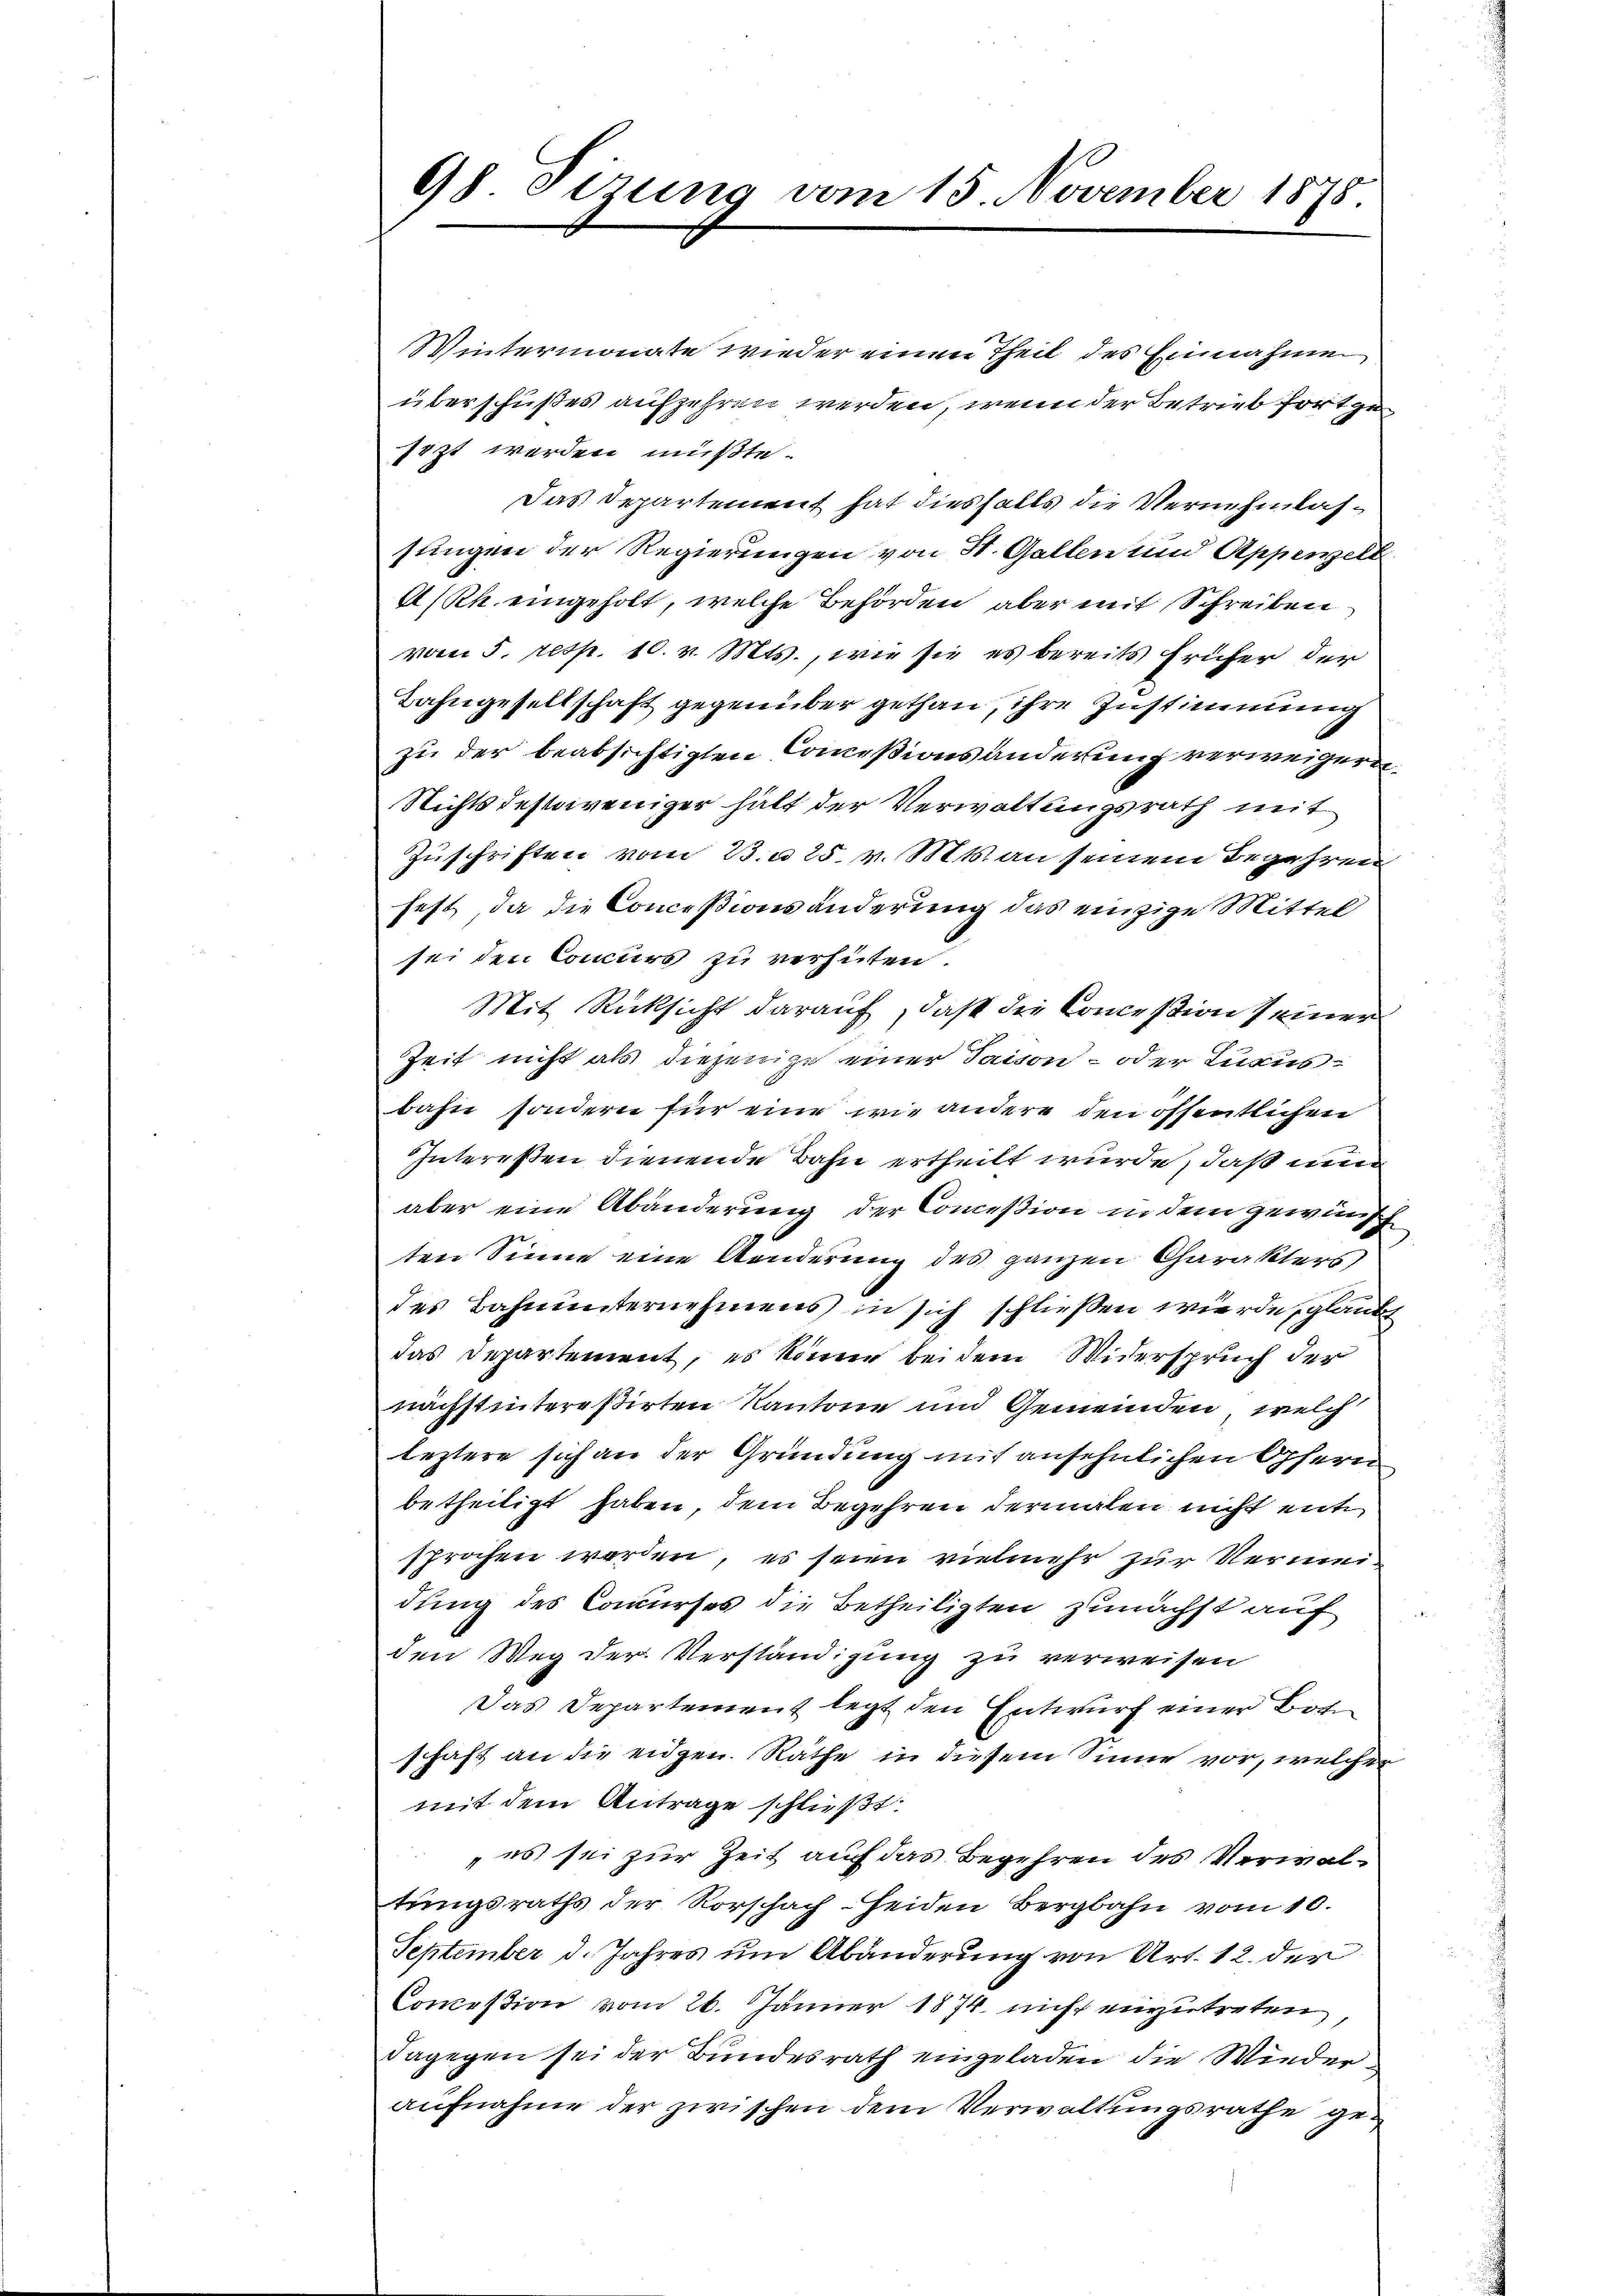
98 Tizung vom 15. November 1878

Wintermonate wieder einen Theil des Einnahme
überschußes aufzehren werden, wenn der Betrieb fortge
sizt werden müßte.
Das Departement hat diesfalls die Vernehmlassungen der Regierungen von H. Gallen und Appenzell
2/Rh. eingeholt, welche Behörden, aber mit Schreiben
vom 5. resp. 10. v. Mts., wie sie es bereits früher der
Bahngesellschaft gegenüber gethan, ihre Zustimmung
zu der beabsichtigten Commißionsänderung verweigern.
Nichtsdestoweniger hält der Verwaltungsrath mit
Zuschriften vom 23. 25. v. Mts. an seinem Begehren
fest, da die Conceßionsänderung das einzige Mittel
sei den Concurs zu verhüten.
Mit Rücksicht darauf, daß die Concession seiner
Zeit nicht als diejenige einer Saison - oder Knausbahn sondern für eine wie andere den öffentlichen
Intereßen dienende Bahn ertheilt wurde, daß nun
aber eine Abänderung der Concession in dem gewünsch
ten Sinne eine Aenderung des ganzen Charakters
des Bahnunternehmens in sich schließen würde glaube
das Departement, es könne bei dem Widerspruch der
nächstintereßirten Kantone und Gemeinden, welch
leztere sich an der Gründung mit ansehnlichen Opfern
betheiligt haben, dem Begehren dermalen nicht ent
sprochen werden, es seien vielmehr zur Vermeidung des Comurses die Betheiligten zunächst auf
den Weg der Verständigung zu verweisen
Das Departement legt den Entwurf einer Bote
schaft an die eidgen. Räthe in diesem Sinne vor, welcher
mit dem Antrage schließt:
„es sei zur Zeit auf das Begehren des Verwaltungsraths der Rorschach Heiden Bergbahn vom 10.
September d. Jahres um Abänderung von Art. 12. der
Conceßion vom 26. Jänner 1874. nicht einzutreten
Dagegen sei der Bundesrath eingeladen die Wiederaufnahme der zwischen dem Verwaltungsrathe ge¬